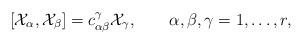
LaTeX: \begin{align*}[{\cal X}_{\alpha},{\cal X}_{\beta}]=c_{\alpha \beta}^{\gamma}{\cal X}_{\gamma},\qquad \alpha ,\beta ,\gamma =1,\ldots ,r ,\end{align*}